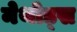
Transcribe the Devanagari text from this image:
मेथोड्स